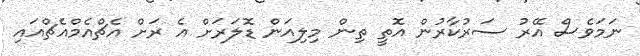
ނަމަވެސް އޭރު ސަރުކާރުން އޮތީ ތިން މިލިއަން ޑޮލަރަށް އެ ރަށް އެޗްއެމްއެޗްއައި